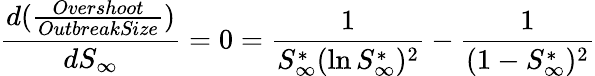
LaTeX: \frac{d(\frac{Overshoot}{\textit{OutbreakSize}})}{dS_{\infty}}=0=\frac{1}{S_{\infty}^{*}(\ln S_{\infty}^{*})^{2}}-\frac{1}{(1-S_{\infty}^{*})^{2}}